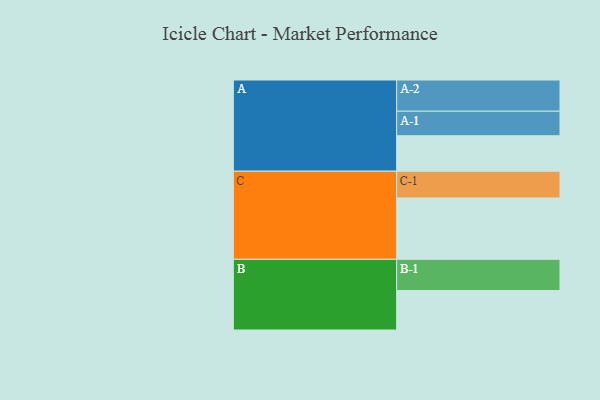
{"axis": {"x": "Segment", "y": "Value"}, "legend": ["", "A", "B", "C"], "data": [{"x": "A", "y": 309, "type": ""}, {"x": "B", "y": 344, "type": ""}, {"x": "C", "y": 535, "type": ""}, {"x": "A-1", "y": 214, "type": "A"}, {"x": "A-2", "y": 272, "type": "A"}, {"x": "B-1", "y": 272, "type": "B"}, {"x": "C-1", "y": 233, "type": "C"}]}